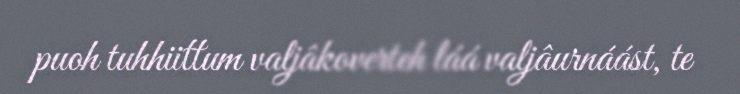
puoh tuhhiittum valjâkoverteh láá valjâurnáást, te